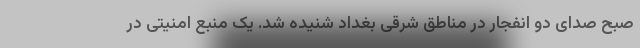
صبح صدای دو انفجار در مناطق شرقی بغداد شنیده شد. یک منبع امنیتی در